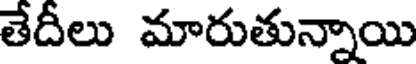
తేదీలు మారుతున్నాయి